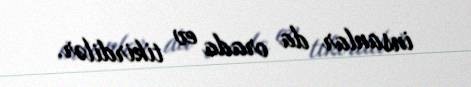
insanlar da orada ev tikirdilər.